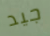
جيد